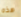
هذه